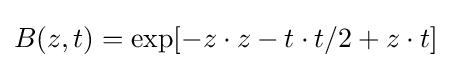
B(z,t)=\exp[-z\cdot z-t\cdot t/2+z\cdot t]